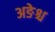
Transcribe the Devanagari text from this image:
अङेश्च